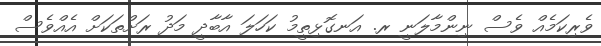
ވެރިކަމެއް ވެސް ނިންމާލަނީ ރ. އަނގޮޅިތީމު ކަހަލަ އާބާދީ މަދު ރަށްތަކަށް އެއްވެސް